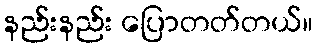
နည်းနည်း ပြောတတ်တယ်။